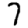
Digit: 7